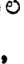
.